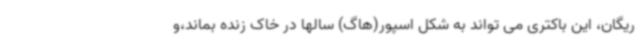
ریگان، این باکتری می تواند به شکل اسپور(هاگ) سالها در خاک زنده بماند،و